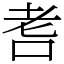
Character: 䎛